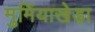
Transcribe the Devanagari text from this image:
मुमिंयाखेड़ा